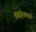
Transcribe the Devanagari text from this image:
विहितगाव